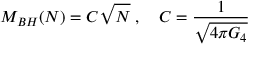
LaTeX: M _ { B H } ( N ) = { \cal C } \sqrt { N } \; , \quad { \cal C } = \frac { 1 } { \sqrt { 4 \pi G _ { 4 } } }